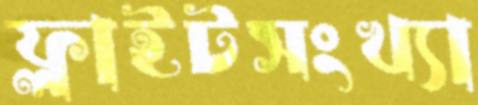
ফ্লাইটসংখ্যা